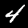
Digit: 4